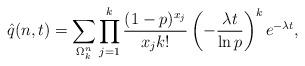
LaTeX: \begin{align*}\hat{q}(n,t)=\sum_{\Omega^{n}_{k}}\prod_{j=1}^{k}\frac{(1-p)^{x_{j}}}{x_{j}k!}\left(-\frac{\lambda t}{\ln p}\right)^{k}e^{-\lambda t},\end{align*}